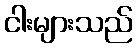
ငါးများသည်